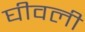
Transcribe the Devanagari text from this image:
घीवली